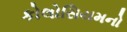
કોલોસિયમનો